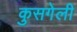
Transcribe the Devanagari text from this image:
कुसगेली